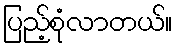
ပြည့်စုံလာတယ်။